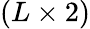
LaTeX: (L\times 2)